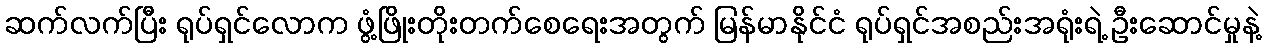
ဆက်လက်ပြီး ရုပ်ရှင်လောက ဖွံ့ဖြိုးတိုးတက်စေရေးအတွက် မြန်မာနိုင်ငံ ရုပ်ရှင်အစည်းအရုံးရဲ့ ဦးဆောင်မှုနဲ့